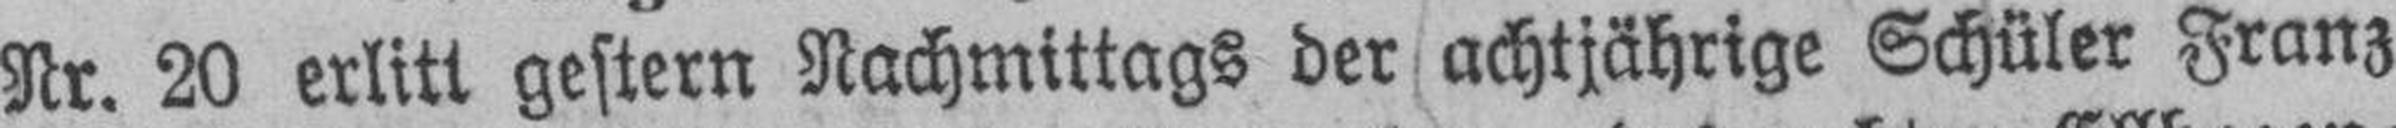
Nr. 20 erlitt gestern Nachmittags der achtjährige Schüler Franz